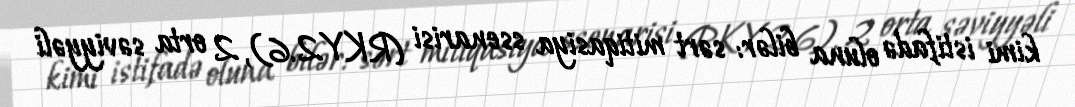
kimi istifadə oluna bilər: sərt mitiqasiya ssenarisi (RKY2.6), 2 orta səviyyəli